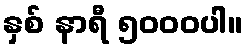
နှစ် နာရီ ၅၀၀၀ပါ။